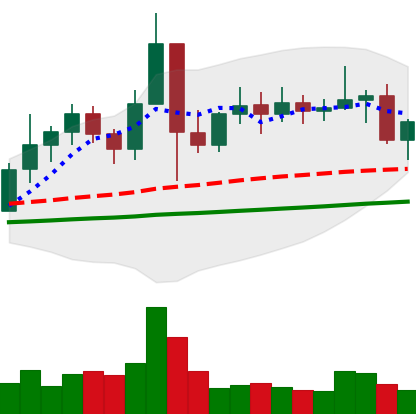
Ticker: ETC-USD
Chart end date: 2021-01-22
Forward return: -7.146%
Label: down_7plus